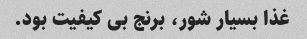
غذا بسیار شور، برنج بی کیفیت بود.